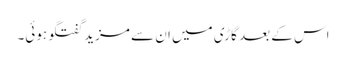
اس کے بعد گاڑی میں ان سے مزید گفتگو ہوئی۔